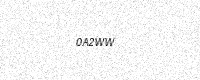
Text: 0A2WW